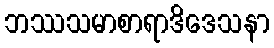
ဘဿသမာစာရာဒိဒေသနာ